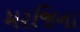
મરજિના